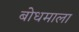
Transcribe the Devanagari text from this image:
बोधमाला